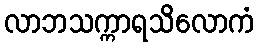
လာဘသက္ကာရသိလောကံ